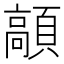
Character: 䯪